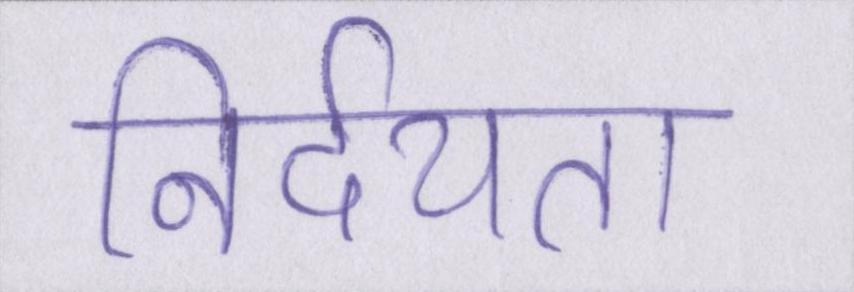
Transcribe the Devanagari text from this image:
निर्दयता